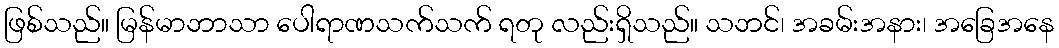
ဖြစ်သည်။ မြန်မာဘာသာ ပေါရာဏသက်သက် ရတု လည်းရှိသည်။ သဘင်၊ အခမ်းအနား၊ အခြေအနေ